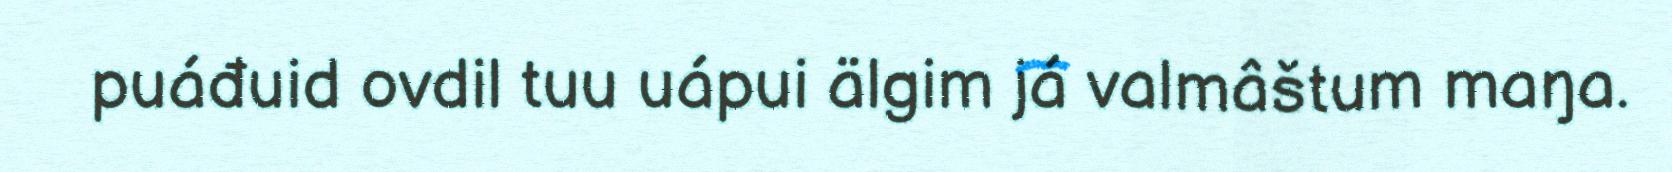
puáđuid ovdil tuu uápui älgim já valmâštum maŋa.